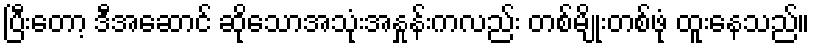
ပြီးတော့ ဒီအဆောင် ဆိုသောအသုံးအနှုန်းကလည်း တစ်မျိုးတစ်ဖုံ ထူးနေသည်။